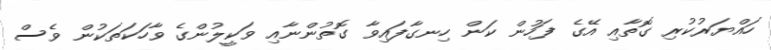
ހައްޔަރުކުރި ގޮތާއި އޭގެ ފަހުން ކަން ހިނގާފައިވާ ގޮތުންނާއި ވަކީލުންގެ ވާހަކަތަކުން ވެސް